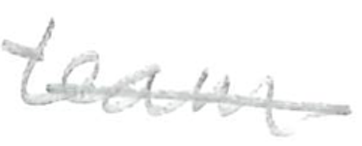
Text: team
Cross-out: single-line
Writing tool: pencil